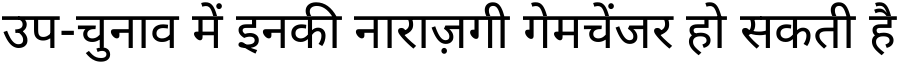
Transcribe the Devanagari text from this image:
उप-चुनाव में इनकी नाराज़गी गेमचेंजर हो सकती है